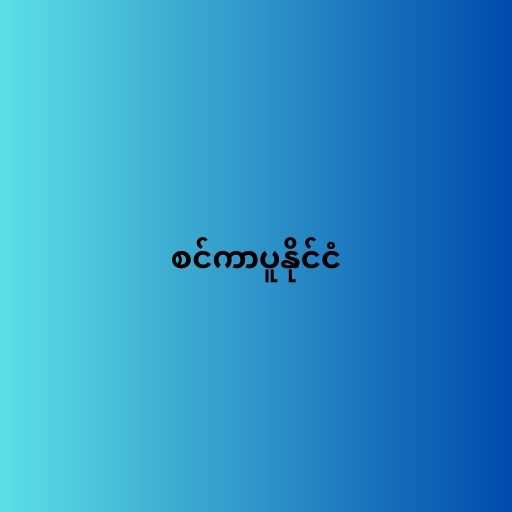
စင်ကာပူနိုင်ငံ